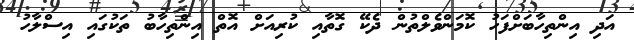
އަދި އިންތިހާބަށްފަހު ކޮމަންވެލްތުން ދެކޭ ގޮތާއި ކުރިއަށް އޮތް އިންތިހާބު ތަކުގައި އިސްލާހު